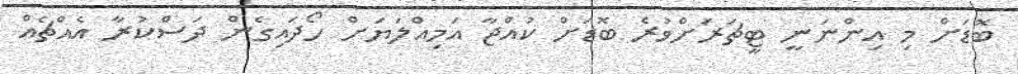
ބޮޑަށް މި އިންނަނީ ޓީޗަރަށްވުރެ ބޮޑަށް ކުއްޖާ އަމިއްލަޔަށް ހޯދައިގެން ދަސްކުރާ އެއްޗެއް